Report of the Municipal Commissioner on the plague in Bombay for the year ending 31st May... - Volume 3
Disease focus: Plague
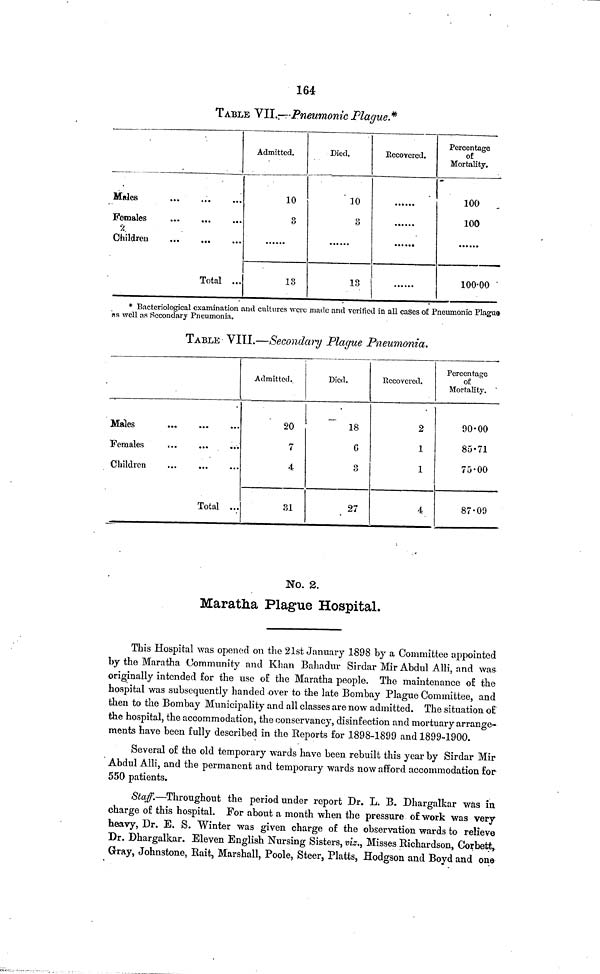
164
TABLE VII.––Pneumonic Plague.*
Males
...
,,.
Females
"A
Children
Total ...
Admitted.
10
3
18
Died.
10
3
13
Recoyered.
Percentage
of
Mortality.
100
100
100·00
* Bacteriological examination and cultures were made and verified in all cases of Pneumonic Plagua
as well as Secondary Pneumonia.
TABLE VIII.—Secondary Plague Pneumonía.
Males
Females
Children
Total ...
Admitted.
20
7
4
31
Died.
18
6
3
27
Recovered.
2
1
1
4
Percentage
of
Mortality.
90·00
85·71
75·00
87·09
No. 2.
Maratka Plague Hospital.
This Hospital was opened on the 21st January 1898 by a Committee appointed
by the Maratha Community and Khan Bahadur Sirdar Mir Abdul Alli, and was
originally intended for the use of the Maratha people. The maintenance of the
hospital was subsequently handed over to the late Bombay Plague Committee, and
then to the Bombay Municipality and all classes are now admitted. The situation of
the hospital, the accommodation, the conservancy, disinfection and mortuary arrange-
ments have been fully described in the Reports for 1898-1899 and 1899-1900.
Several of the old temporary wards have been rebuilt this year by Sirdar Mir
Abdul Alli, and the permanent and temporary wards now afford accommodation for
550 patients.
Staff.—Throughout the period under report Dr. L. B. Dhargalkar was in
charge of this hospital. For about a month when the pressure of work was very
heavy, Dr. E. S. Winter was given charge of the observation wards to relieve
Dr. Dhargalkar. Eleven English Nursing Sisters, viz., Misses Richardson, Corbett,
Gray, Johnstone, Rait, Marshall, Poole, Steer, Platts, Hodgson and Boyd and one